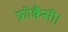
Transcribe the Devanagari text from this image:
फ्रीक्वैंसी।